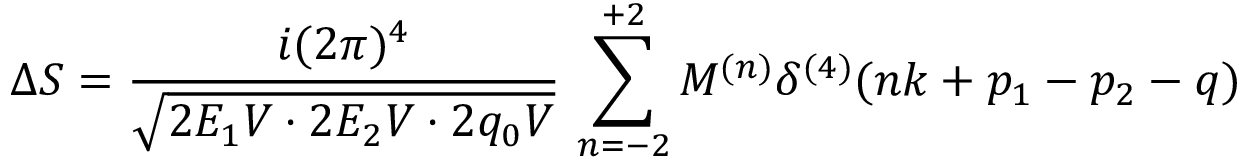
\Delta S = { \frac { i ( 2 \pi ) ^ { 4 } } { \sqrt { 2 E _ { 1 } V \cdot 2 E _ { 2 } V \cdot 2 q _ { 0 } V } } } \, \sum _ { n = - 2 } ^ { + 2 } { \cal M } ^ { ( n ) } \delta ^ { ( 4 ) } ( n k + p _ { 1 } - p _ { 2 } - q )